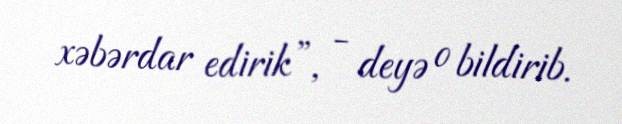
xəbərdar edirik”, - deyə o bildirib.